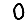
Digit: 0